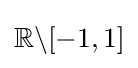
\mathbb {R} \backslash [-1,1]